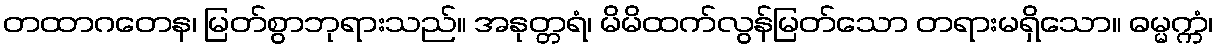
တထာဂတေန၊ မြတ်စွာဘုရားသည်။ အနုတ္တရံ၊ မိမိထက်လွန်မြတ်သော တရားမရှိသော။ ဓမ္မက္ကံ၊